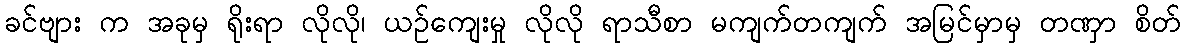
ခင်ဗျား က အခုမှ ရိုးရာ လိုလို၊ ယဉ်ကျေးမှု လိုလို ရာသီစာ မကျက်တကျက် အမြင်မှာမှ တဏှာ စိတ်